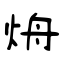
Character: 烐